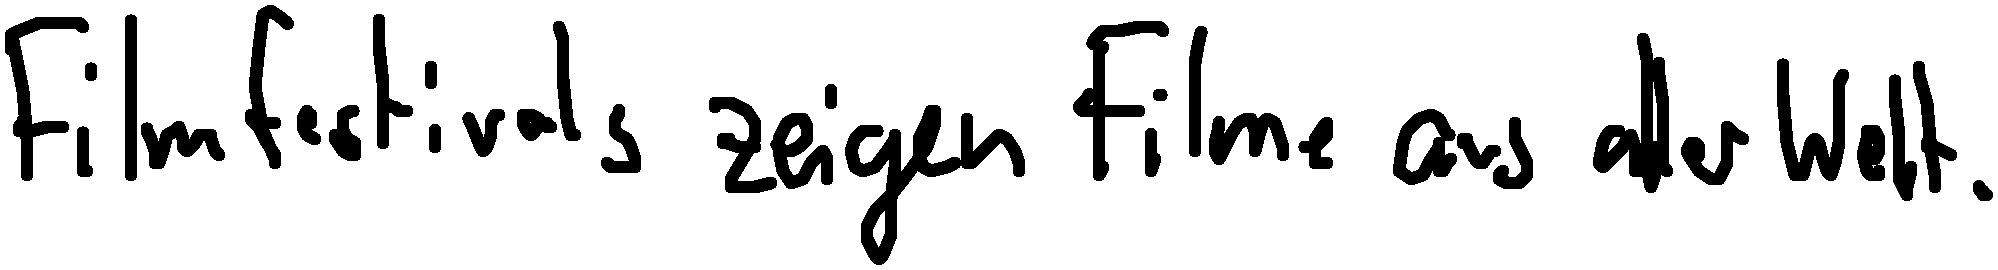
Filmfestivals zeigen Filme aus aller Welt.